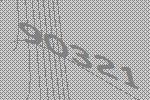
90321